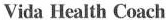
Vida Health Croch